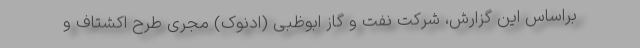
براساس این گزارش، شرکت نفت و گاز ابوظبی (ادنوک) مجری طرح اکشتاف و